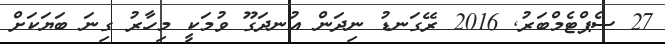
27 ސެޕްޓެމްބަރު